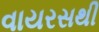
વાયરસથી